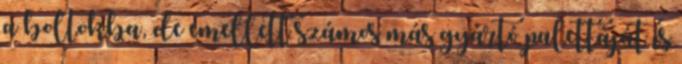
a boltokba, de emellett számos más gyártó palettáját is